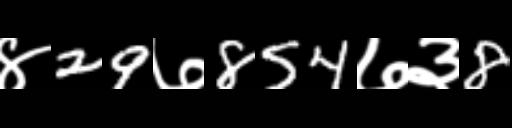
Text: ४29७854७३8